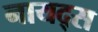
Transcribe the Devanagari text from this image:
नायद्स